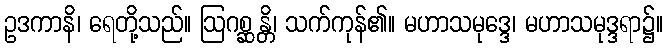
ဥဒကာနိ၊ ရေတို့သည်။ ဩဂစ္ဆန္တိ၊ သက်ကုန်၏။ မဟာသမုဒ္ဒေ၊ မဟာသမုဒ္ဒရာ၌။